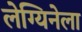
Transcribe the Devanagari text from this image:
लेग्यिनेला